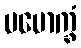
ပမောက္ခံ